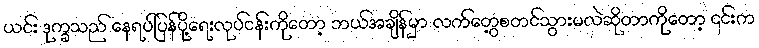
ယင်း ဒုက္ခသည် နေရပ်ပြန်ပို့ရေးလုပ်ငန်းကိုတော့ ဘယ်အချိန်မှာ လက်တွေ့စတင်သွားမလဲဆိုတာကိုတော့ ၎င်းက